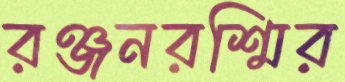
রঞ্জনরশ্মির